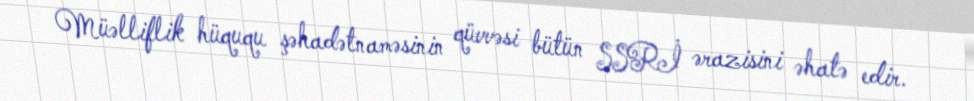
Müəlliflik hüququ şəhadətnaməsinin qüvvəsi bütün SSRİ ərazisini əhatə edir.